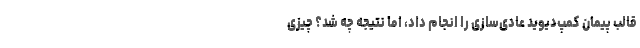
قالب پیمان کمپ‌دیوید عادی‌سازی‌ را انجام داد، اما نتیجه چه شد؟ چیزی